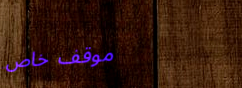
موقف خاص